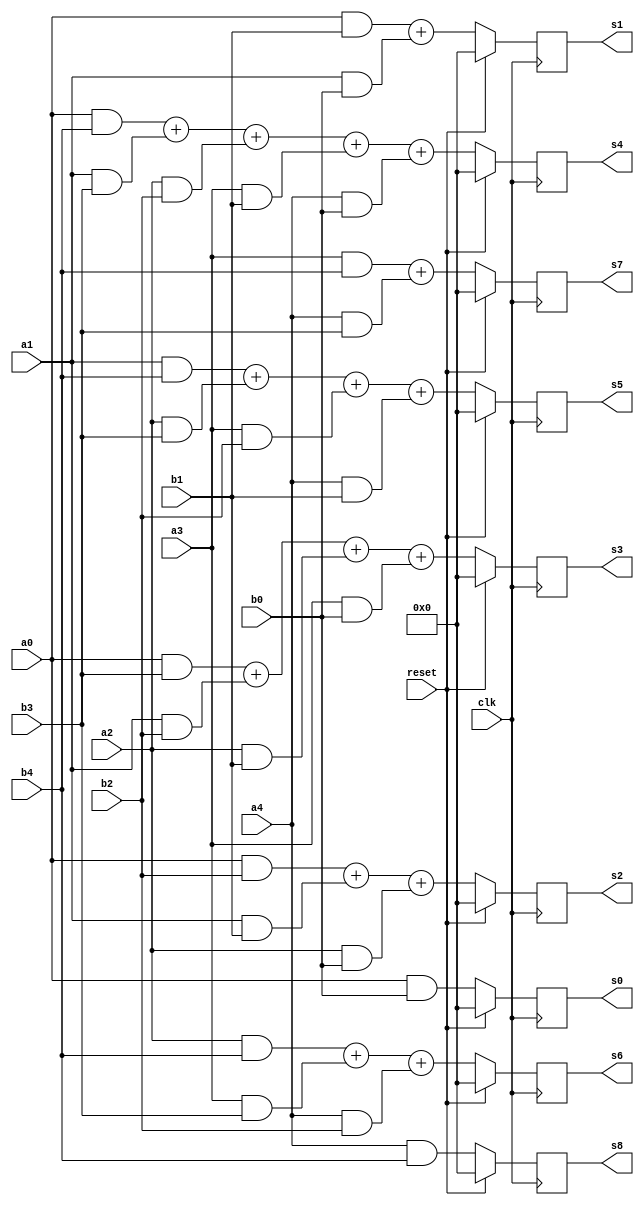
module div_stage1(clk,reset,
		  a0,a1,a2,a3,a4,
		  b0,b1,b2,b3,b4,
		  s0,s1,s2,s3,s4,s5,s6,s7,s8);

input clk;
input reset;

input [7:0] a0;
input [7:0] a1;
input [7:0] a2;
input [7:0] a3;
input [7:0] a4;

input [7:0] b0;
input [7:0] b1;
input [7:0] b2;
input [7:0] b3;
input [7:0] b4;

output [7:0] s0;
output [7:0] s1;
output [7:0] s2;
output [7:0] s3;
output [7:0] s4;
output [7:0] s5;
output [7:0] s6;
output [7:0] s7;
output [7:0] s8;


wire clk;
wire reset;

wire [7:0] a0;
wire [7:0] a1;
wire [7:0] a2;
wire [7:0] a3;
wire [7:0] a4;

wire [7:0] b0;
wire [7:0] b1;
wire [7:0] b2;
wire [7:0] b3;
wire [7:0] b4;

reg [7:0] s0;
reg [7:0] s1;
reg [7:0] s2;
reg [7:0] s3;
reg [7:0] s4;
reg [7:0] s5;
reg [7:0] s6;
reg [7:0] s7;
reg [7:0] s8;

always@(posedge clk)
	begin
		if(reset == 1)
			begin
			   s0 = 8'd0;
			   s1 = 8'd0;
			   s2 = 8'd0;
			   s3 = 8'd0;
			   s4 = 8'd0;
			   s5=  8'd0;
			   s6 = 8'd0;
			   s7 = 8'd0;
			   s8 = 8'd0;
			end
		else
			begin
				s0 = (a0 & b0);
				s1 = (a0 & b1) + (a1 & b0) ;
			        s2 = (a0 & b2) + (a1 & b1) + (a2 & b0);
				s3 = (a0 & b3) + (a1 & b2) + (a2 & b1) + (a3 & b0);
				s4 = (a0 & b4) + (a1 & b3) + (a2 & b2) + (a3 & b1) + (a4 & b0);
				s5 = (a1 & b4) + (a2 & b3) + (a3 & b2) + (a4 & b1);
				s6 = (a2 & b4) + (a3 & b3) + (a4 & b2);
				s7 = (a3 & b4) + (a4 & b3);
				s8 = (a4 & b4);
			end
	end
		 

endmodule